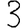
Digit: 3